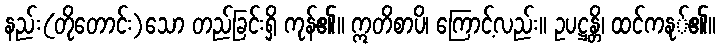
နည်း(တိုတောင်း)သော တည်ခြင်းရှိ ကုန်၏။ ဣတိစာပိ၊ ကြောင့်လည်း။ ဥပဋ္ဌန္တိ၊ ထင်ကနု်၏။